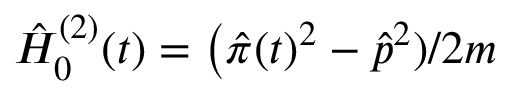
\hat { H } _ { 0 } ^ { ( 2 ) } ( t ) = \bigl ( { \hat { \pi } ( t ) } ^ { 2 } - \hat { p } ^ { 2 } ) / 2 m